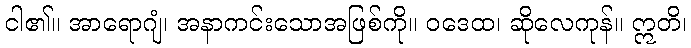
ငါ၏။ အာရောဂျံ၊ အနာကင်းသောအဖြစ်ကို။ ဝဒေထ၊ ဆိုလေကုန်။ ဣတိ၊